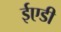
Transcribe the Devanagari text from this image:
ईएडी